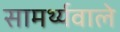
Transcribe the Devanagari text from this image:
सामर्थ्यवाले